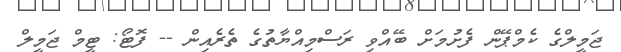
ޖަމީލްގެ ކެމްޕޭން ފެށުމަށް ބޭއްވި ރަސްމިއްޔާތުގެ ތެރެއިން -- ފޮޓޯ: ޓީމް ޖަމީލް